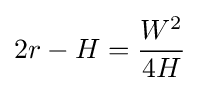
2r-H={\frac {W^{2}}{4H}}